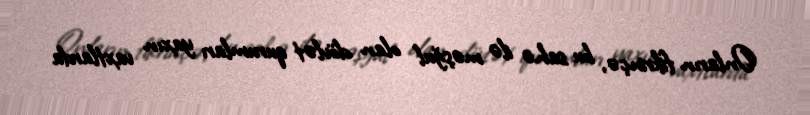
Onların fikrinçə, bu sahə ilə məşğul olan dövlət qurumları yaxın vaxtlarda